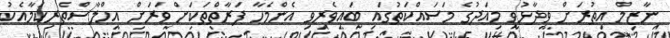
ނާޒިމް އިތުރަށް ވިދާޅުވީ މިއަދުގެ މަސައްކަތުގައި ބައިވެރިވި އެންމެހާ ފަރާތްތަކަށް ވަރަށް އިހްލާސްތެރިކަމާއެކު